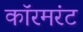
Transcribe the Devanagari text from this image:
कॉरमरंट